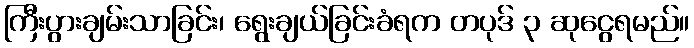
ကြီးပွားချမ်းသာခြင်း၊ ရွေးချယ်ခြင်းခံရက တပုဒ် ၃ ဆုငွေရမည်။